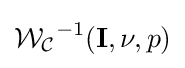
{\mathcal {W_{C}}}^{-1}(\mathbf {I} ,\nu ,p)